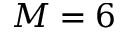
M = 6